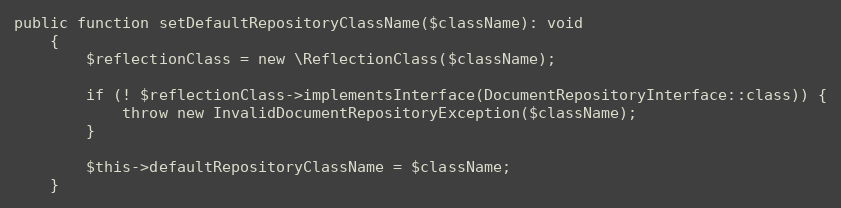
Language: PHP
public function setDefaultRepositoryClassName($className): void
    {
        $reflectionClass = new \ReflectionClass($className);

        if (! $reflectionClass->implementsInterface(DocumentRepositoryInterface::class)) {
            throw new InvalidDocumentRepositoryException($className);
        }

        $this->defaultRepositoryClassName = $className;
    }